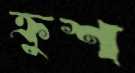
ক্রুশ